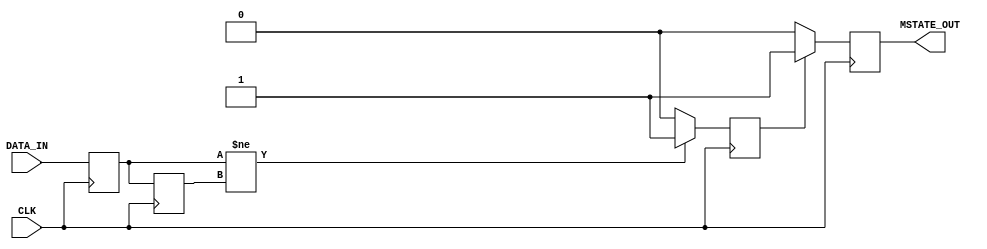
module Metastability_Detector (
    input wire DATA_IN,       // Asynchronous input signal
    input wire CLK,           // Synchronous clock
    output reg MSTATE_OUT     // Metastability indicator output
);

    reg FF1_Q;               // Output of the first flip-flop
    reg FF2_Q;               // Output of the second flip-flop
    reg pulse;               // Intermediate pulse signal

    // Flip-flop 1: Samples DATA_IN on the rising edge of CLK
    always @(posedge CLK) begin
        FF1_Q <= DATA_IN;
    end

    // Flip-flop 2: Samples FF1_Q on the next rising edge of CLK
    always @(posedge CLK) begin
        FF2_Q <= FF1_Q;
    end

    // Pulse generation logic
    always @(posedge CLK) begin
        // Generate pulse when FF1_Q and FF2_Q differ
        if (FF1_Q != FF2_Q) begin
            pulse <= 1'b1; // Indicate metastability detected
        end else begin
            pulse <= 1'b0; // No metastability detected
        end
    end

    // Metastability state output
    always @(posedge CLK) begin
        // Output the pulse as MSTATE_OUT
        if (pulse) begin
            MSTATE_OUT <= 1'b1; // Set output high during pulse
        end else begin
            MSTATE_OUT <= 1'b0; // Set output low otherwise
        end
    end

endmodule